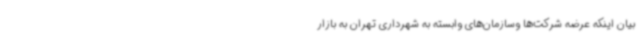
بیان اینکه عرضه شرکت‌ها وسازمان‌های وابسته به شهرداری تهران به بازار